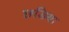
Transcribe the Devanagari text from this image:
छडिया